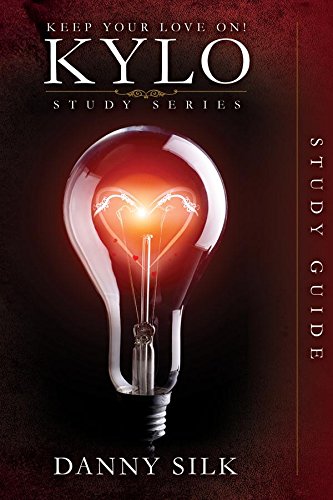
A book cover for Keep Your Love On - KYLO Study Guide (Keep Your Love on Study Series); Danny Silk; Christian Books & Bibles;